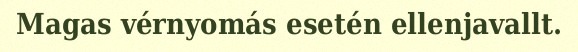
Magas vérnyomás esetén ellenjavallt.